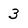
Character: 3